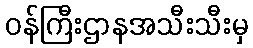
ဝန်ကြီးဌာနအသီးသီးမှ